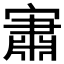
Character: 𱚕